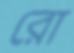
রো